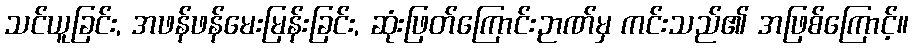
သင်ယူခြင်း, အဖန်ဖန်မေးမြန်းခြင်း, ဆုံးဖြတ်ကြောင်းဉာဏ်မှ ကင်းသည်၏ အဖြစ်ကြောင့်။